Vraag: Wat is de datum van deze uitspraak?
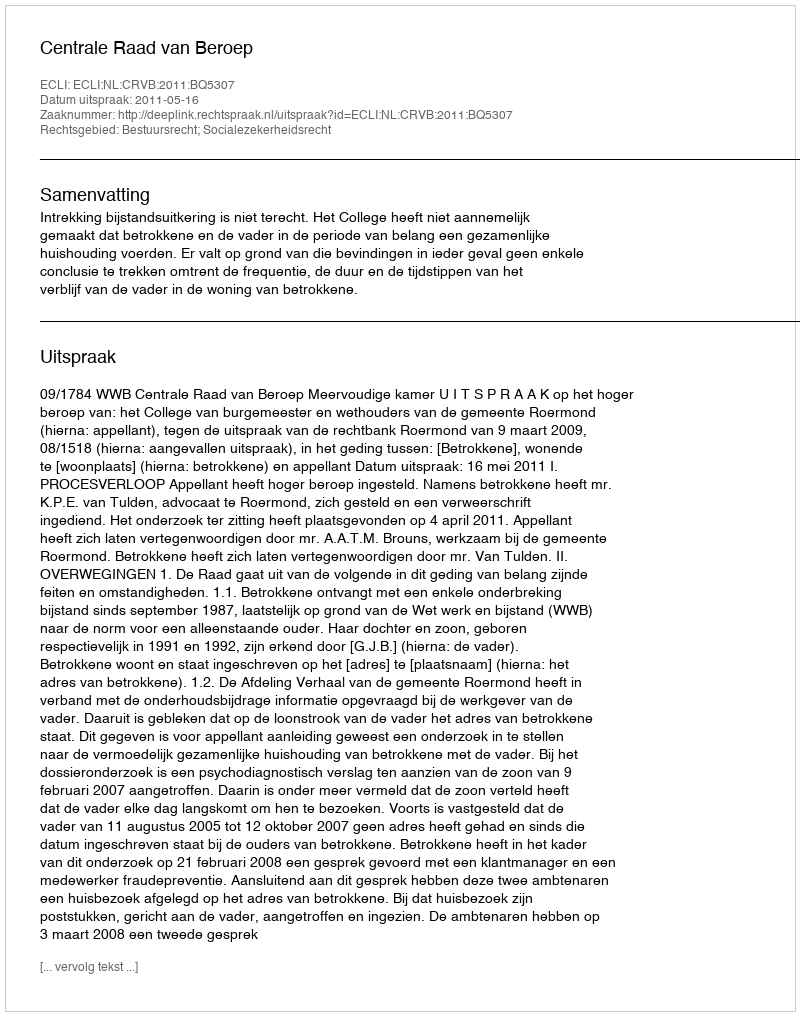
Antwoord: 2011-05-16